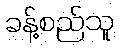
ခန့်စည်သူ